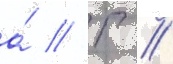
а́ // Г //